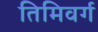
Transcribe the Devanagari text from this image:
तिमिवर्ग